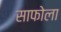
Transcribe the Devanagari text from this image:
साफोला